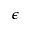
\epsilon